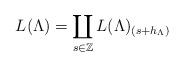
LaTeX: \begin{align*} L(\Lambda) = \coprod_{s \in \mathbb{Z}} L(\Lambda)_{(s+h_{\Lambda})}\end{align*}